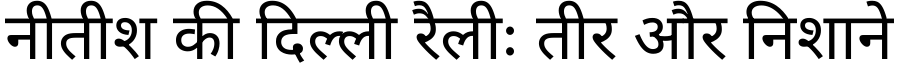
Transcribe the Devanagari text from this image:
नीतीश की दिल्ली रैलीः तीर और निशाने